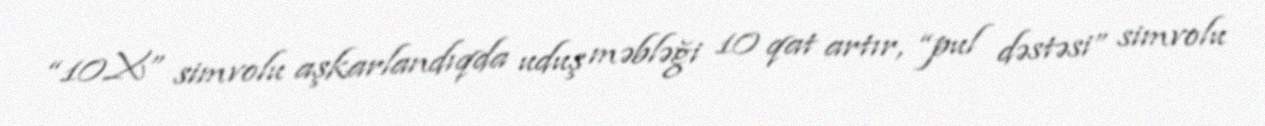
“10X” simvolu aşkarlandıqda uduş məbləği 10 qat artır, “pul dəstəsi” simvolu